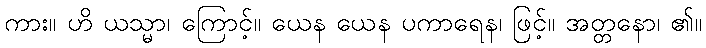
ကား။ ဟိ ယသ္မာ၊ ကြောင့်။ ယေန ယေန ပကာရေန၊ ဖြင့်။ အတ္တနော၊ ၏။